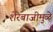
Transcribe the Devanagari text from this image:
शेरेबाजीमुळे